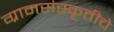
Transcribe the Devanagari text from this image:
ग्रामसंस्कृतीचे